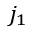
j _ { 1 }